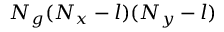
N _ { g } ( N _ { x } - l ) ( N _ { y } - l )